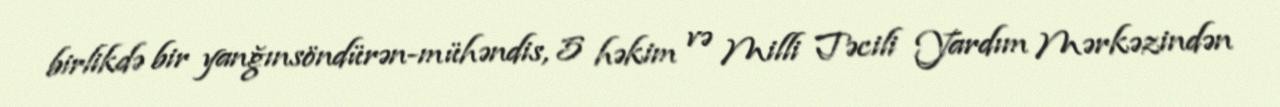
birlikdə bir yanğınsöndürən-mühəndis, 5 həkim və Milli Təcili Yardım Mərkəzindən